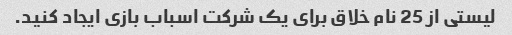
لیستی از 25 نام خلاق برای یک شرکت اسباب بازی ایجاد کنید.